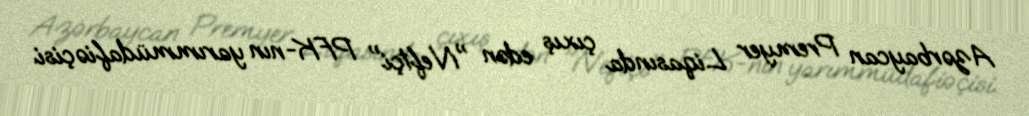
Azərbaycan Premyer Liqasında çıxış edən "Neftçi" PFK-nın yarımmüdafiəçisi.